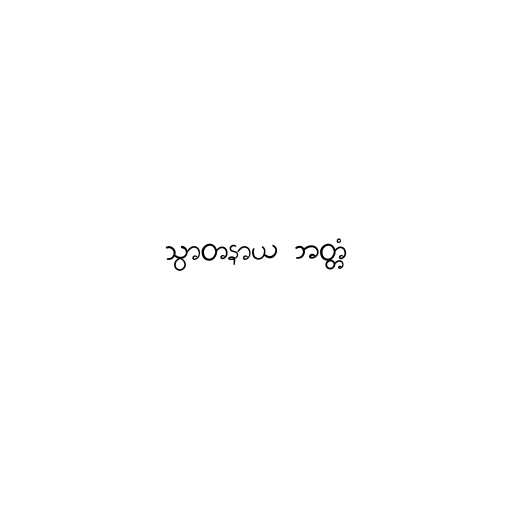
သွာတနာယ ဘတ္တံ